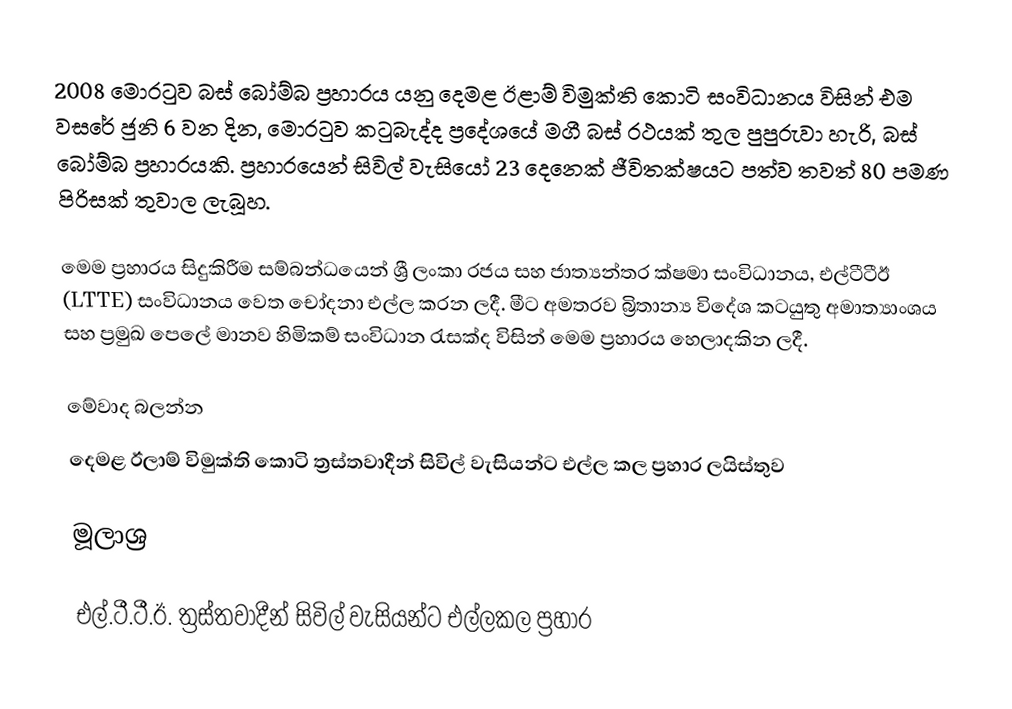
2008 මොරටුව බස් බෝම්බ ප්‍රහාරය යනු  දෙමළ ඊළාම් විමුක්ති කොටි සංවිධානය විසින් එම වසරේ ජුනි 6 වන දින, මොරටුව කටුබැද්ද ප්‍රදේශයේ මගී බස් රථයක් තුල පුපුරුවා හැරි, බස් බෝම්බ ප්‍රහාරයකි. ප්‍රහාරයෙන් සිවිල් වැසියෝ 23 දෙනෙක් ජීවිතක්ෂයට පත්ව තවත් 80 පමණ පිරිසක් තුවාල ලැබූහ.

මෙම ප්‍රහාරය සිදුකිරීම සම්බන්ධයෙන් ශ්‍රී ලංකා රජය සහ ජාත්‍යන්තර ක්ෂමා සංවිධානය, එල්ටීටීඊ (LTTE) සංවිධානය වෙත චෝදනා එල්ල කරන ලදී. මීට අමතරව බ්‍රිතාන්‍ය විදේශ කටයුතු අමාත්‍යාංශය සහ ප්‍රමුඛ පෙලේ මානව හිමිකම් සංවිධාන රැසක්ද විසින් මෙම ප්‍රහාරය හෙලාදකින ලදී.

මේවාද බලන්න
 දෙමළ ඊලාම් විමුක්ති කොටි ත්‍රස්තවාදීන් සිවිල් වැසියන්ට එල්ල කල ප්‍රහාර ලයිස්තුව

මූලාශ්‍ර

එල්.ටී.ටී.ඊ. ත්‍රස්තවාදීන් සිවිල් වැසියන්ට එල්ලකල ප්‍රහාර